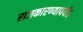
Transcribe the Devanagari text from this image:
राजकारण्यापर्यंत